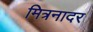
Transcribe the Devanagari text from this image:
मित्रनादर